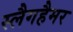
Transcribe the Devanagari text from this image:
स्लैगहैमर